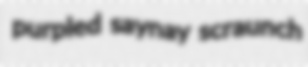
purpled saynay scraunch